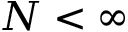
N < \infty